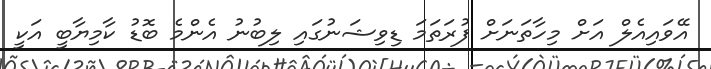
އޭވައިއެލް އަށް މިހާތަނަށް ފުރަތަމަ ޑިވިޝަނުގައި ލިބުނު އެންމެ ބޮޑު ކާމިޔާބީ އަކީ